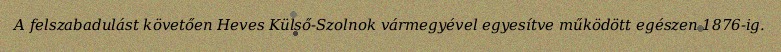
A felszabadulást követően Heves Külső-Szolnok vármegyével egyesítve működött egészen 1876-ig.